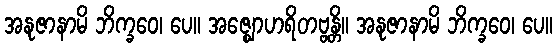
အနုဇာနာမိ ဘိက္ခဝေ၊ ပေ။ အဇ္ဈောဟရိတဗ္ဗန္တိ။ အနုဇာနာမိ ဘိက္ခဝေ၊ ပေ။